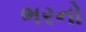
ભરનો